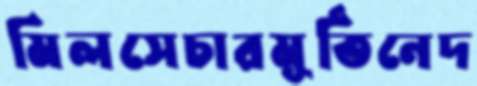
মিলসেচারমূর্তিনেদ